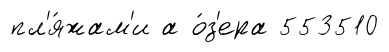
пл'я́жам'и а о́з'ера 553510